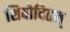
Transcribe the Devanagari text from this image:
शिवोदितम्